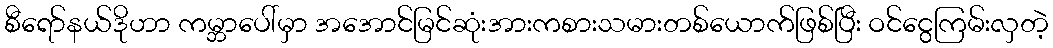
စီရော်နယ်ဒိုဟာ ကမ္ဘာပေါ်မှာ အအောင်မြင်ဆုံးအားကစားသမားတစ်ယောက်ဖြစ်ပြီး ဝင်ငွေကြမ်းလှတဲ့